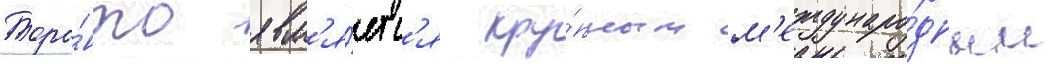
Торо́нто явл'я́етс'я кру́пным м'еждунаро́дным